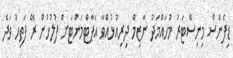
ޑިފެންސް މިނިސްޓަރު މުހައްމަދު ނާޒިމް ދިރިއުޅުއްވާ އެޕާޓްމަންޓަށް ފުލުހުން ރޭ ފަތިހު ވަދެ